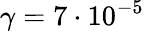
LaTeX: \gamma=7\cdot 10^{-5}